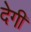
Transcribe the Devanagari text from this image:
देगीं